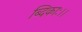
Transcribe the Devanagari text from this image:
ब्दिकाः।।